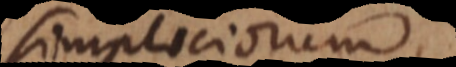
impliciorum;